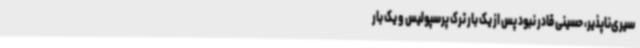
سیری‌ناپذیر، حسینی قادر نبود پس از یک‌ بار ترک پرسپولیس و یک‌ بار